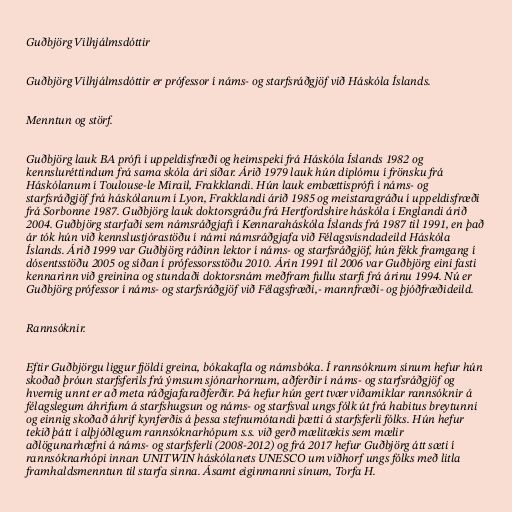
Guðbjörg Vilhjálmsdóttir

Guðbjörg Vilhjálmsdóttir er prófessor í náms- og starfsráðgjöf við Háskóla Íslands.

Menntun og störf.

Guðbjörg lauk BA prófi í uppeldisfræði og heimspeki frá Háskóla Íslands 1982 og
kennsluréttindum frá sama skóla ári síðar. Árið 1979 lauk hún diplómu í frönsku frá
Háskólanum í Toulouse-le Mirail, Frakklandi. Hún lauk embættisprófi í náms- og
starfsráðgjöf frá háskólanum í Lyon, Frakklandi árið 1985 og meistaragráðu í uppeldisfræði
frá Sorbonne 1987. Guðbjörg lauk doktorsgráðu frá Hertfordshire háskóla í Englandi árið
2004. Guðbjörg starfaði sem námsráðgjafi í Kennaraháskóla Íslands frá 1987 til 1991, en það
ár tók hún við kennslustjórastöðu í námi námsráðgjafa við Félagsvísndadeild Háskóla
Íslands. Árið 1999 var Guðbjörg ráðinn lektor í náms- og starfsráðgjöf, hún fékk framgang í
dósentsstöðu 2005 og síðan í prófessorsstöðu 2010. Árin 1991 til 2006 var Guðbjörg eini fasti
kennarinn við greinina og stundaði doktorsnám meðfram fullu starfi frá árinu 1994. Nú er
Guðbjörg prófessor í náms- og starfsráðgjöf við Félagsfræði,- mannfræði- og þjóðfræðideild.

Rannsóknir.

Eftir Guðbjörgu liggur fjöldi greina, bókakafla og námsbóka. Í rannsóknum sínum hefur hún
skoðað þróun starfsferils frá ýmsum sjónarhornum, aðferðir í náms- og starfsráðgjöf og
hvernig unnt er að meta ráðgjafaraðferðir. Þá hefur hún gert tvær viðamiklar rannsóknir á
félagslegum áhrifum á starfshugsun og náms- og starfsval ungs fólk út frá habitus breytunni
og einnig skoðað áhrif kynferðis á þessa stefnumótandi þætti á starfsferli fólks. Hún hefur
tekið þátt í alþjóðlegum rannsóknarhópum s.s. við gerð mælitækis sem mælir
aðlögunarhæfni á náms- og starfsferli (2008-2012) og frá 2017 hefur Guðbjörg átt sæti í
rannsóknarhópi innan UNITWIN háskólanets UNESCO um viðhorf ungs fólks með litla
framhaldsmenntun til starfa sinna. Ásamt eiginmanni sínum, Torfa H.